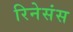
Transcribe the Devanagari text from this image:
रिनेसंस